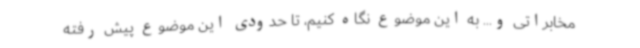
مخابراتی و... به این موضوع نگاه کنیم، تا حدودی این موضوع پیش رفته